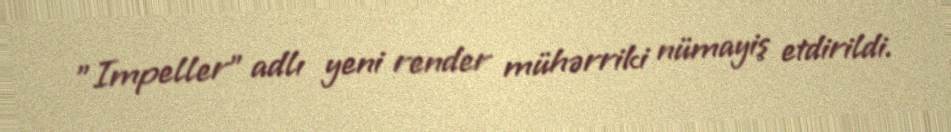
"Impeller" adlı yeni render mühərriki nümayiş etdirildi.